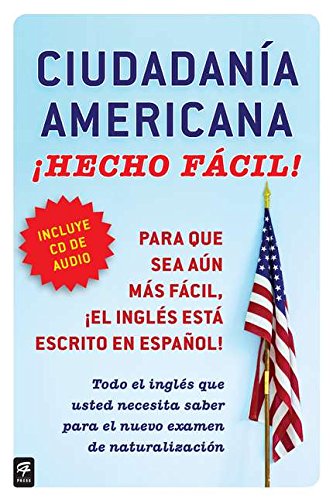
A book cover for Ciudadania Americana Â¡Hecho fÃ¡cil! con CD (United States Citizenship Test Guide (Hecho facil) (Spanish Edition); Raquel Roque; Test Preparation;